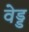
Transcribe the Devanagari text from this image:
वेड्ड